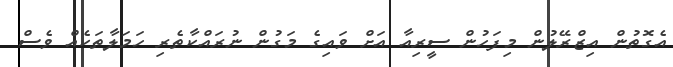
އެގޮތުން އިޒްރޭލުން މިފަހުން ސީރިއާ އަށް ވައިގެ މަގުން ނުރައްކާތެރި ހަމަލާތަކެއް ވެސް